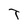
Character: T